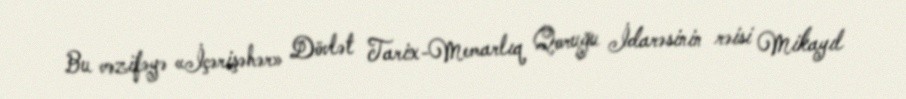
Bu vəzifəyə «İçərişəhər» Dövlət Tarix-Memarlıq Qoruğu İdarəsinin rəisi Mikayıl